Maali_päevik, lk 377
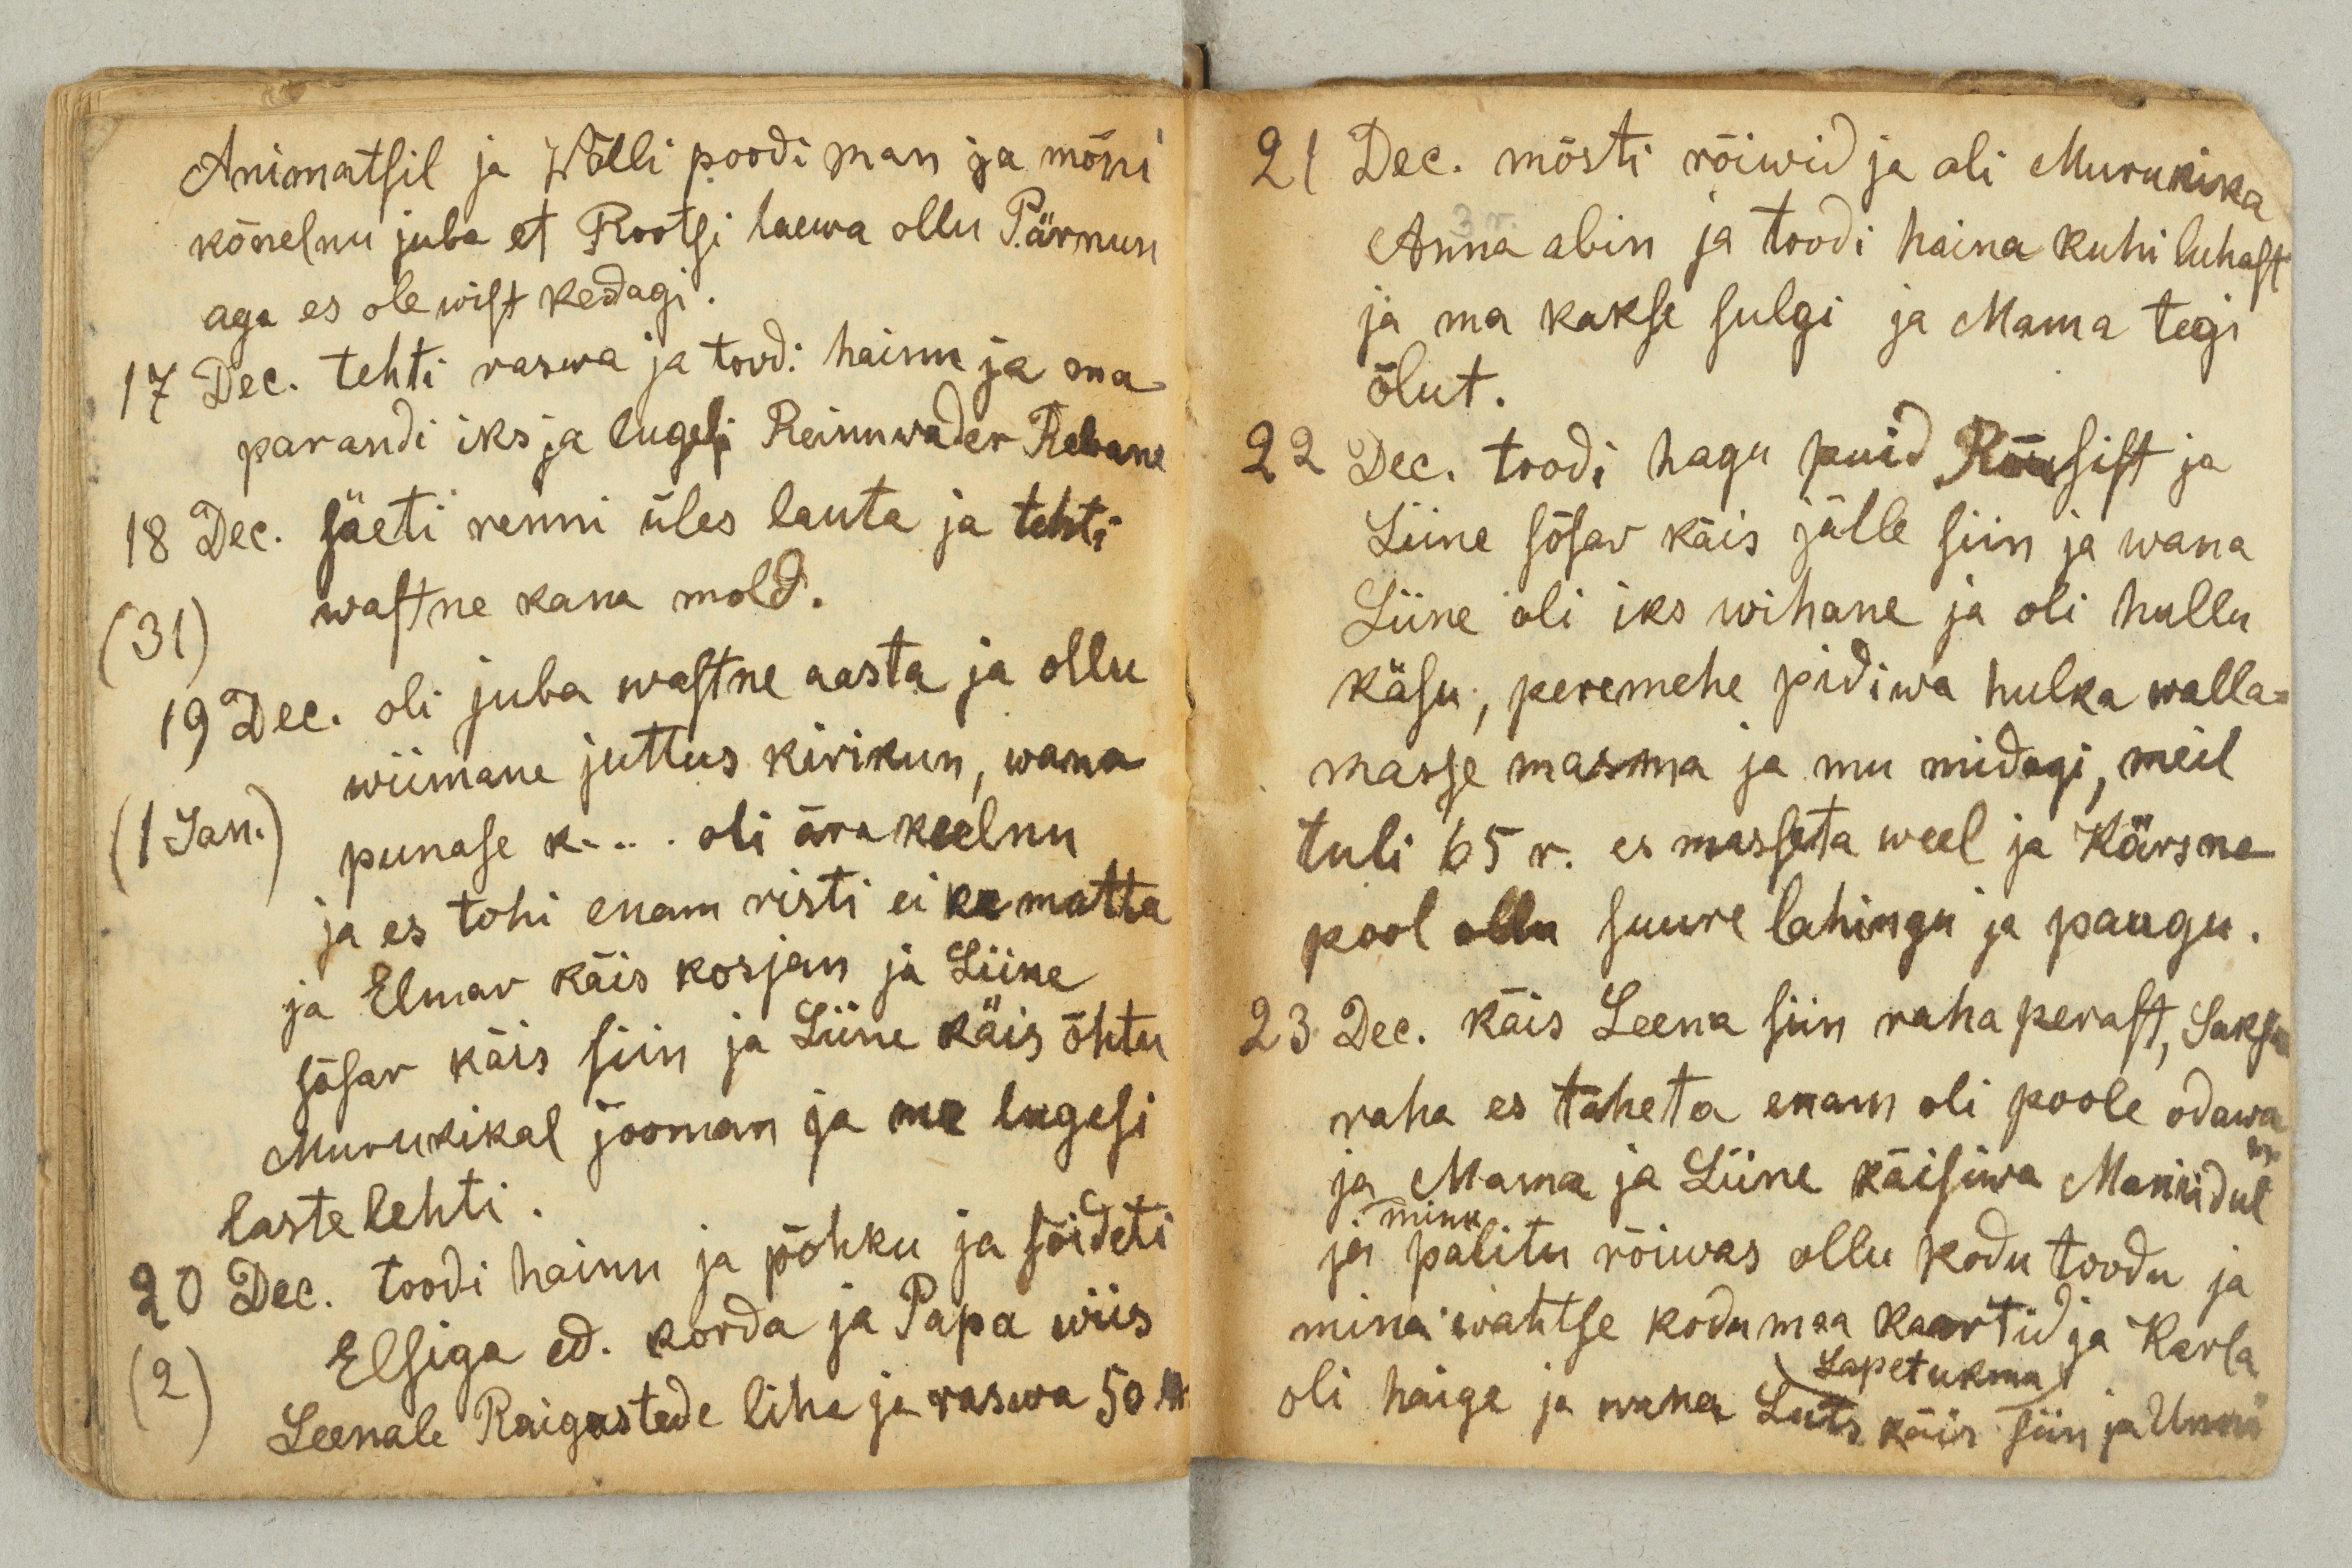
Animatsil ja Wõlli poodi man ja mõni
kõnelnu juba et Rootsi Laeva ollu Pärnun
aga es ole wist kedagi.
17 Dec. tehti raswa ja toodi hainu ja ma
parandi iks ja lugesi Reinuwader Rebane
18 Dec. säeti renni üles lauta ja tehti
31
wastne kana mold.
19 Dec. oli juba wastne aasta ja ollu
1 Jan.
wiimane juttus kirkun, wana
punase k… oli ära keelnu
ja es tohi enam risti ei ka matta
ja Elmar käis kosjan ja Liine
sõsar käis siin ja Liine käis õhtu
Murukikal jooman ja ma lugesi
lastelehti.
20 Dec. toodi hainu ja põhku ja sõideti
2
Elsiga ed. korda ja Papa wiis
Leenale Raigastede liha ja raswa 50 lb

21 Dec. mõsti rõiwid ja oli Murukika
Anna abin ja toodi haina kuhi luhast
ja ma kakse sulgi ja Mama tegi
õlut.
22 Dec. toodi hagu puid Rõusist ja
Liine sõsar käis jälle siin ja wana
Liine oli iks wihane ja oli hullu
käsu, peremehe pidiwa hulka walla-
masse masma ja mu midagi, meil
tuli 65 r. es masseta weel ja Kärsna
pool ollu suure lahingu ja paugu.
23 Dec. käis Leena siin raha perast, Saksa
raha es taheta enam oli poole odawa
ja Mama ja Liine käisiwa Maniidul
minu
ja  palitu rõiwas ollu kodu toodu ja
mina wahtse kodumaa kaartid ja Karla
Lapetukma
oli haige ja wana Luts käis siin ja Unni